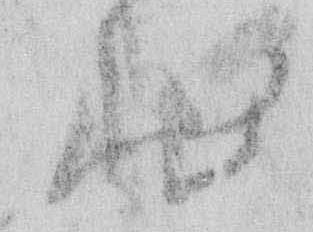
状